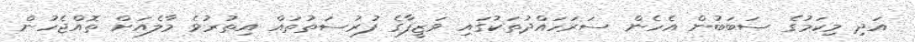
އަދި މިކަމުގެ ސަބަބުން އެހެން ސަރަހައްދުތަކުގައި ވަޒީފާގެ ފުރުސަތުތައް އިތުުރުވެ މާލެއަށް ތޮއްޖެހުން